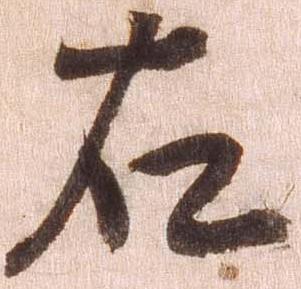
右